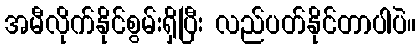
အမီလိုက်နိုင်စွမ်းရှိပြီး လည်ပတ်နိုင်တာပါပဲ။